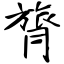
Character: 膂